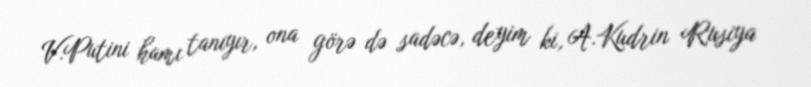
V.Putini hamı tanıyır, ona görə də sadəcə, deyim ki, A.Kudrin Rusiya